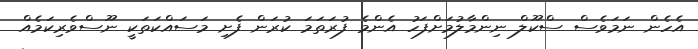
އެހެން ނަމަވެސް ސްކޫލް ނިންމާލުމަށްފަހު އެންމެ ފުރަތަމަ ކުރަން ފެށި މަސައްކަތަކީ ނޫސްވެރިކަމެއް